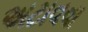
અટાવવા